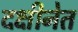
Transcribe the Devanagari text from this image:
दक्षीनेत